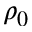
\rho _ { 0 }